Indian journal of veterinary science and animal husbandry - Volumes 26-27, 1956-1957
Year: 1956
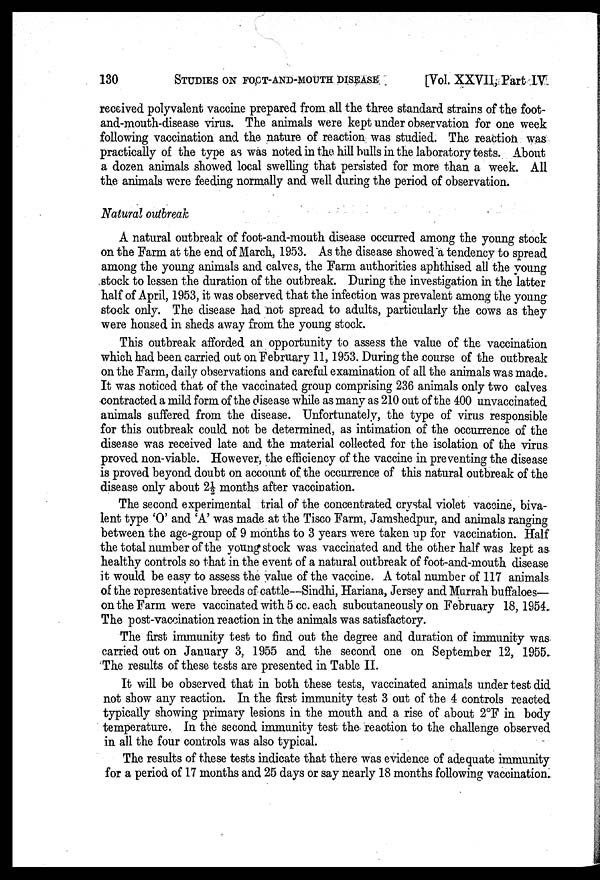
130 STUDIES ON FOOT-AND-MOUTH DISEASE [Vol. XXVII, Part IV
received polyvalent vaccine prepared from all the three standard strains of the foot-
and-mouth-disease virus. The animals were kept under observation for one week
following vaccination and the nature of reaction was studied. The reaction was
practically of the type as was noted in the hill bulls in the laboratory tests. About
a dozen animals showed local swelling that persisted for more than a week. All
the animals were feeding normally and well during the period of observation.
Natural outbreak
A natural outbreak of foot-and-mouth disease occurred among the young stock
on the Farm at the end of March, 1953. As the disease showed a tendency to spread
among the young animals and calves, the Farm authorities aphthised all the young
stock to lessen the duration of the outbreak. During the investigation in the latter
half of April, 1953, it was observed that the infection was prevalent among the young
stock only. The disease had not spread to adults, particularly the cows as they
were housed in sheds away from the young stock.
This outbreak afforded an opportunity to assess the value of the vaccination
which had been carried out on February 11, 1953. During the course of the outbreak
on the Farm, daily observations and careful examination of all the animals was made.
It was noticed that of the vaccinated group comprising 236 animals only two calves
contracted a mild form of the disease while as many as 210 out of the 400 unvaccinated
animals suffered from the disease. Unfortunately, the type of virus responsible
for this outbreak could not be determined, as intimation of the occurrence of the
disease was received late and the material collected for the isolation of the virus
proved non-viable. However, the efficiency of the vaccine in preventing the disease
is proved beyond doubt on account of the occurrence of this natural outbreak of the
disease only about 2½ months after vaccination.
The second experimental trial of the concentrated crystal violet vaccine, biva-
lent type 'O' and 'A' was made at the Tisco Farm, Jamshedpur, and animals ranging
between the age-group of 9 months to 3 years were taken up for vaccination. Half
the total number of the young stock was vaccinated and the other half was kept as
healthy controls so that in the event of a natural outbreak of foot-and-mouth disease
it would be easy to assess the value of the vaccine. A total number of 117 animals
of the representative breeds of cattle—Sindhi, Hariana, Jersey and Murrah buffaloes—
on the Farm were vaccinated with 5 cc. each subcutaneously on February 18, 1954.
The post-vaccination reaction in the animals was satisfactory.
The first immunity test to find out the degree and duration of immunity was
carried out on January 3, 1955 and the second one on September 12, 1955.
The results of these tests are presented in Table II.
It will be observed that in both these tests, vaccinated animals under test did
not show any reaction. In the first immunity test 3 out of the 4 controls reacted
typically showing primary lesions in the mouth and a rise of about 2ºF in body
temperature. In the second immunity test the reaction to the challenge observed
in all the four controls was also typical.
The results of these tests indicate that there was evidence of adequate immunity
for a period of 17 months and 25 days or say nearly 18 months following vaccination.